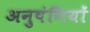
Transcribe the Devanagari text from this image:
अनुषंगियों